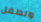
والطفل